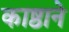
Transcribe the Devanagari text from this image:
काष्ठाने